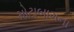
મોટાબાગના